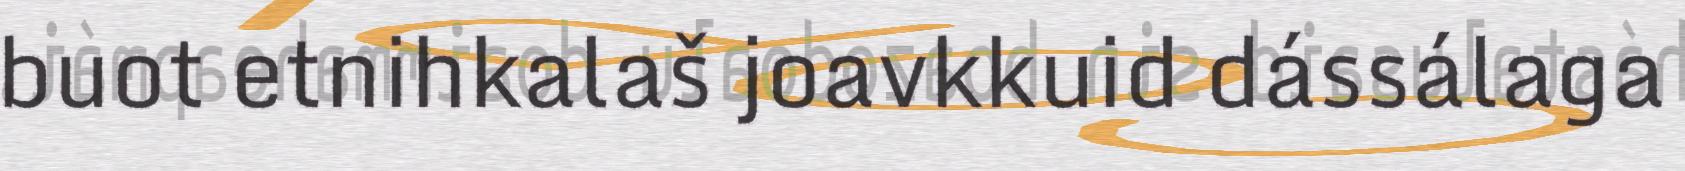
buot etnihkalaš joavkkuid dássálaga